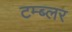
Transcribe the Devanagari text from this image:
टम्ब्लर